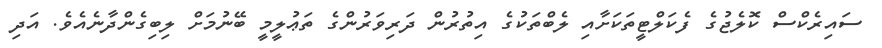
ސައިރެކްސް ކޮލެޖުގެ ފެކަލްޓީތަކަށާއި ލެބްތަކުގެ އިތުރުން ދަރިވަރުންގެ ތަޢުލީމީ ބޭނުމަށް ލިބިގެންދާނެއެވެ. އަދި